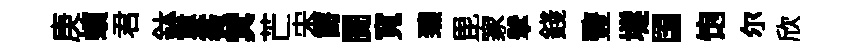
庚蠙君鉢婁薇蓂芒宋爵闠寬臻毘家擘錢䜿𡑞国饱尓欣